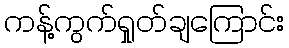
ကန့်ကွက်ရှုတ်ချကြောင်း